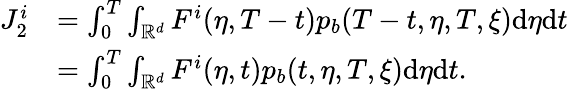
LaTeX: \begin{array}{rl}{J_{2}^{i}}&{=\int_{0}^{T}\int_{\mathbb{R}^{d}}F^{i}(\eta,T-t)p_{b}(T-t,\eta,T,\xi)\mathrm{d}\eta\mathrm{d}t}\\ &{=\int_{0}^{T}\int_{\mathbb{R}^{d}}F^{i}(\eta,t)p_{b}(t,\eta,T,\xi)\mathrm{d}\eta\mathrm{d}t.}\end{array}